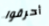
أحرقوا